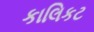
કાલિકટ